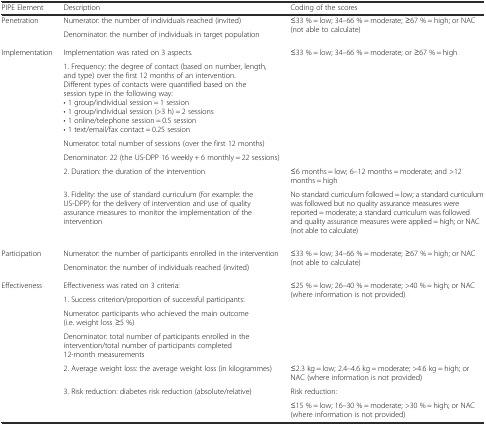
<table><thead><tr><td><b>PIPE Element</b></td><td><b>Description</b></td><td><b>Coding of the scores</b></td></tr></thead><tbody><tr><td rowspan="2">Penetration</td><td>Numerator: the number of individuals reached (invited)</td><td rowspan="2">≤33 % = low; 34–66 % = moderate; ≥67 % = high; or NAC (not able to calculate)</td></tr><tr><td>Denominator: the number of individuals in target population</td></tr><tr><td rowspan="6">Implementation</td><td>Implementation was rated on 3 aspects.</td><td rowspan="4">≤33 % = low; 34–66 % = moderate; or ≥67 % = high</td></tr><tr><td>1. Frequency: the degree of contact (based on number, length, and type) over the first 12 months of an intervention. Different types of contacts were quantified based on the session type in the following way:• 1 group/individual session = 1 session• 1 group/individual session (&gt;3 h) = 2 sessions• 1 online/telephone session = 0.5 session• 1 text/email/fax contact = 0.25 session</td></tr><tr><td>Numerator: total number of sessions (over the first 12 months)</td></tr><tr><td>Denominator: 22 (the US-DPP 16 weekly + 6 monthly = 22 sessions)</td></tr><tr><td>2. Duration: the duration of the intervention</td><td>≤6 months = low; 6–12 months = moderate; and &gt;12 months = high</td></tr><tr><td>3. Fidelity: the use of standard curriculum (for example: the US-DPP) for the delivery of intervention and use of quality assurance measures to monitor the implementation of the intervention</td><td>No standard curriculum followed = low; a standard curriculum was followed but no quality assurance measures were reported = moderate; a standard curriculum was followed and quality assurance measures were applied = high; or NAC (not able to calculate)</td></tr><tr><td rowspan="2">Participation</td><td>Numerator: the number of participants enrolled in the intervention</td><td rowspan="2">≤33 % = low; 34–66 % = moderate; ≥67 % = high; or NAC (not able to calculate)</td></tr><tr><td>Denominator: the number of individuals reached (invited)</td></tr><tr><td rowspan="7">Effectiveness</td><td>Effectiveness was rated on 3 criteria:</td><td rowspan="4">≤25 % = low; 26–40 % = moderate; &gt;40 % = high; or NAC (where information is not provided)</td></tr><tr><td>1. Success criterion/proportion of successful participants:</td></tr><tr><td>Numerator: participants who achieved the main outcome (i.e. weight loss ≥5 %)</td></tr><tr><td>Denominator: total number of participants enrolled in the intervention/total number of participants completed 12-month measurements</td></tr><tr><td>2. Average weight loss: the average weight loss (in kilogrammes)</td><td>≤2.3 kg = low; 2.4–4.6 kg = moderate; &gt;4.6 kg = high; or NAC (where information is not provided)</td></tr><tr><td rowspan="2">3. Risk reduction: diabetes risk reduction (absolute/relative)</td><td>Risk reduction:</td></tr><tr><td>≤15 % = low; 16–30 % = moderate; &gt;30 % = high; or NAC (where information is not provided)</td></tr></tbody></table>